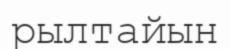
рылтайын